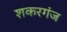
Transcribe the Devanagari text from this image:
शकरगंज